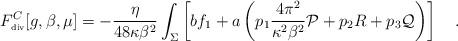
LaTeX: \begin{align*}F^C_{\tiny\mbox{div}}[g,\beta,\mu]=-{\eta \over 48\kappa \beta^2}\int_{\Sigma}\left[b f_1 + a \left(p_1{4\pi^2 \over \kappa^2\beta^2} {\cal P} +p_2 R+p_3 {\cal Q}\right)\right]~~~.\end{align*}